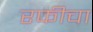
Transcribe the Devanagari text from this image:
रफीचा